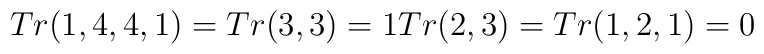
Tr(1,4,4,1) = Tr(3,3) = 1\\                   Tr(2,3) = Tr(1,2,1) = 0